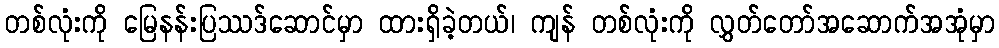
တစ်လုံးကို မြေနန်းပြဿဒ်ဆောင်မှာ ထားရှိခဲ့တယ်၊ ကျန် တစ်လုံးကို လွှတ်တော်အဆောက်အအုံမှာ